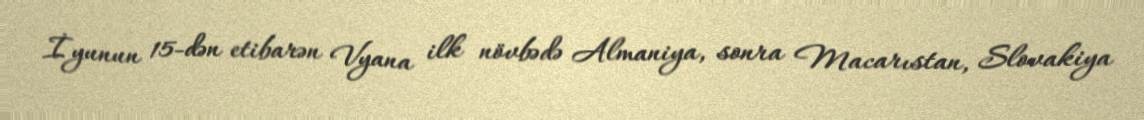
İyunun 15-dən etibarən Vyana ilk növbədə Almaniya, sonra Macarıstan, Slovakiya